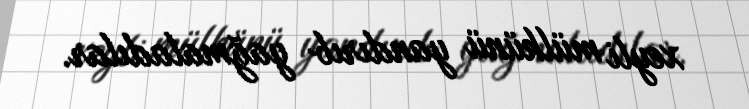
xeyli mülkünü yandırıb yağmaladılar.